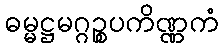
ဓမ္မဋ္ဌမဂ္ဂဉ္စပကိဏ္ဏကံ